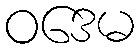
ဝဒေမ